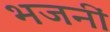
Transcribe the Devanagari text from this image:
भजनीं